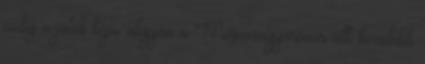
pedig a játék képe alapján a Mosonmagyaróvár állt közelebb